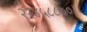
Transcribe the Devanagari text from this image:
२२४५८८७०।